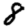
Digit: 8